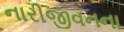
નારીજીવનના